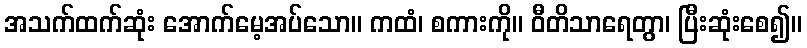
အသက်ထက်ဆုံး အောက်မေ့အပ်သော။ ကထံ၊ စကားကို။ ဝီတိသာရေတွာ၊ ပြီးဆုံးစေ၍။